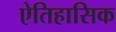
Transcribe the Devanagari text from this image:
ऐतिहासिक